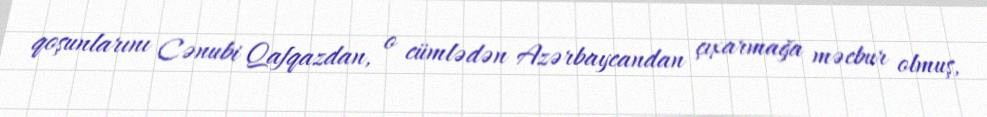
qoşunlarını Cənubi Qafqazdan, o cümlədən Azərbaycandan çıxarmağa məcbur olmuş,